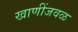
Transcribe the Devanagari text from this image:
खाणींजवळ